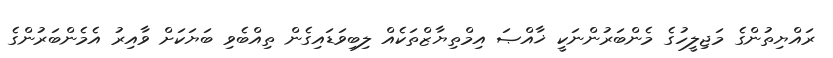
ރައްޔިތުންގެ މަޖިލީހުގެ މެންބަރުންނަކީ ޚާއްޞަ އިމްތިޔާޒްތަކެއް ލިބިވަޑައިގެން ތިއްބެވި ބަޔަކަށް ވާއިރު އެމެންބަރުންގެ